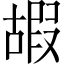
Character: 嘏